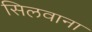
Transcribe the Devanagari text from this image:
सिलवाना